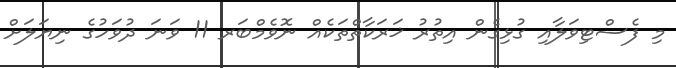
މި ފެސްޓިވަލާއި ގުޅިގެން އިތުރު ޚަރަކާތްތަކެއް ނޮވެމްބަރ 11 ވަނަ ދުވަހުގެ ނިޔަލަށް